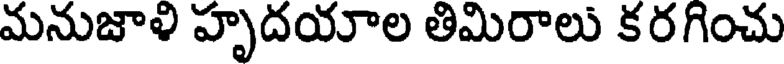
మనుజాళి హృదయాల తిమిరాలు కరగించు